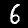
Digit: 6